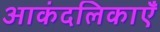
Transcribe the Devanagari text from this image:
आकंदलिकाएँ